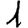
Digit: 1